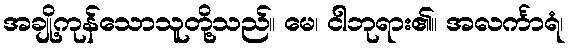
အချို့ကုန်သောသူတို့သည်။ မေ၊ ငါဘုရား၏။ အလင်္ကာရံ၊